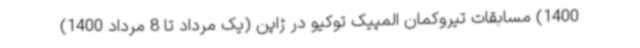
1400) مسابقات تیروکمان المپیک توکیو در ژاپن (یک مرداد تا 8 مرداد 1400)